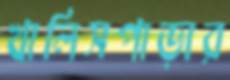
খালিসপাড়ার